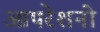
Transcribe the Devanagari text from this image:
आपरेशनो